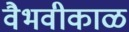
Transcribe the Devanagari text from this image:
वैभवीकाळ